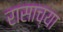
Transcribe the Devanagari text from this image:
रासाच्या